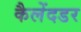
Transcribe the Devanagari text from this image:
कैलेंदडर